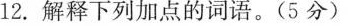
12.解释下列加点的词语。(5分)